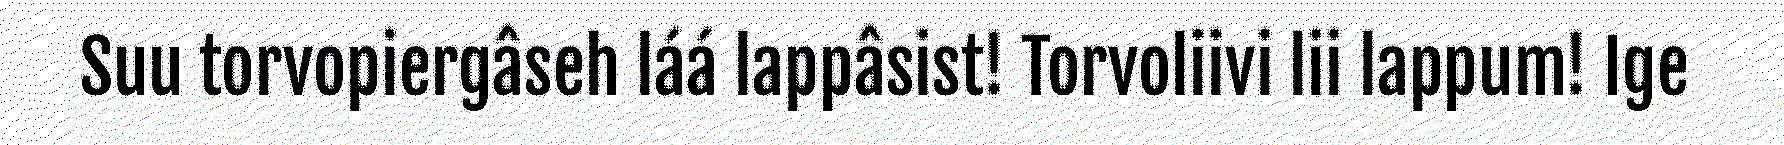
Suu torvopiergâseh láá lappâsist! Torvoliivi lii lappum! Ige